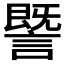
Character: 𧫜